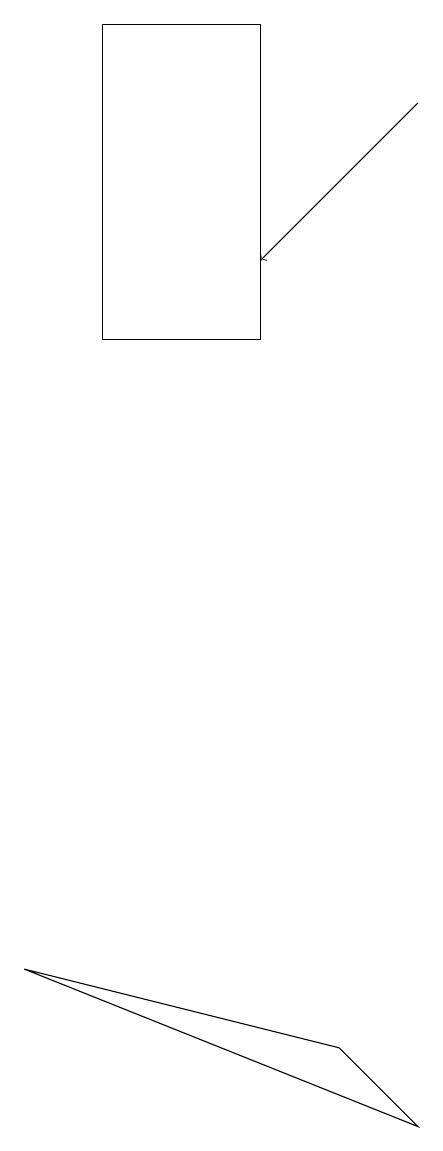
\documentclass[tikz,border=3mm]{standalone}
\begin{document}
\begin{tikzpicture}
\draw (1,4) -- (5,3) -- (6,2) -- cycle;
\draw[->] (6,15) -- (4,13);
\draw (4,12) rectangle (2,16);
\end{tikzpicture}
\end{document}